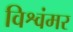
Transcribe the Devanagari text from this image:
विश्वंमर